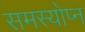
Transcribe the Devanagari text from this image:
समस्योप्न